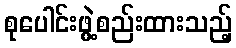
စုပေါင်းဖွဲ့စည်းထားသည့်